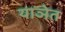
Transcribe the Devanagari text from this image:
याञेत